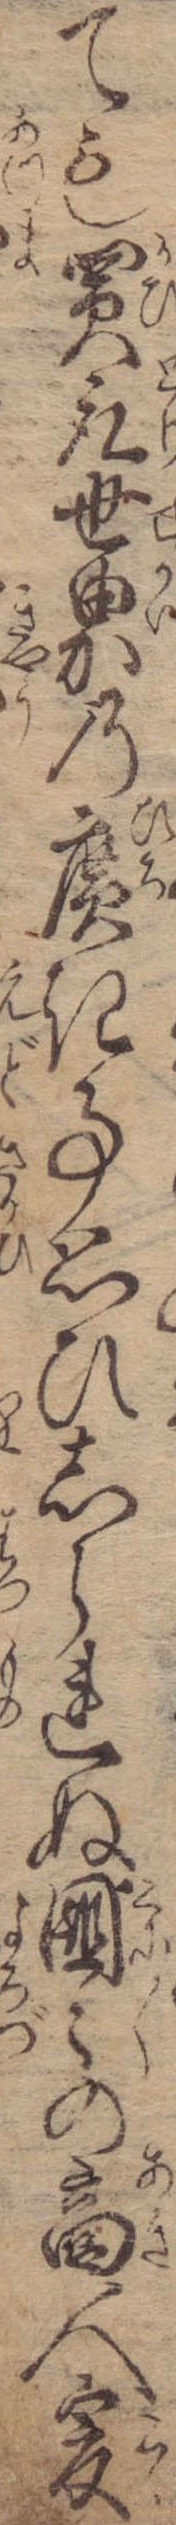
ても買取世界の広き事思ひしられぬ国々の商人爰